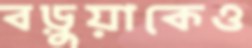
বড়ুয়াকেও